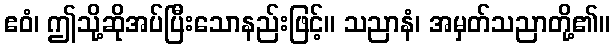
ဧဝံ၊ ဤသို့ဆိုအပ်ပြီးသောနည်းဖြင့်။ သညာနံ၊ အမှတ်သညာတို့၏။